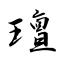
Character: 璮